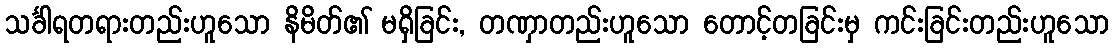
သင်္ခါရတရားတည်းဟူသော နိမိတ်၏ မရှိခြင်း, တဏှာတည်းဟူသော တောင့်တခြင်းမှ ကင်းခြင်းတည်းဟူသော